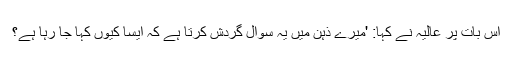
اس بات پر عالیہ نے کہا: 'میرے ذہن میں یہ سوال گردش کرتا ہے کہ ایسا کیوں کہا جا رہا ہے؟